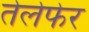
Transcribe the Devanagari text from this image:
तेलेफेर